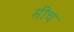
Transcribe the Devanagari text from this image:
मींच